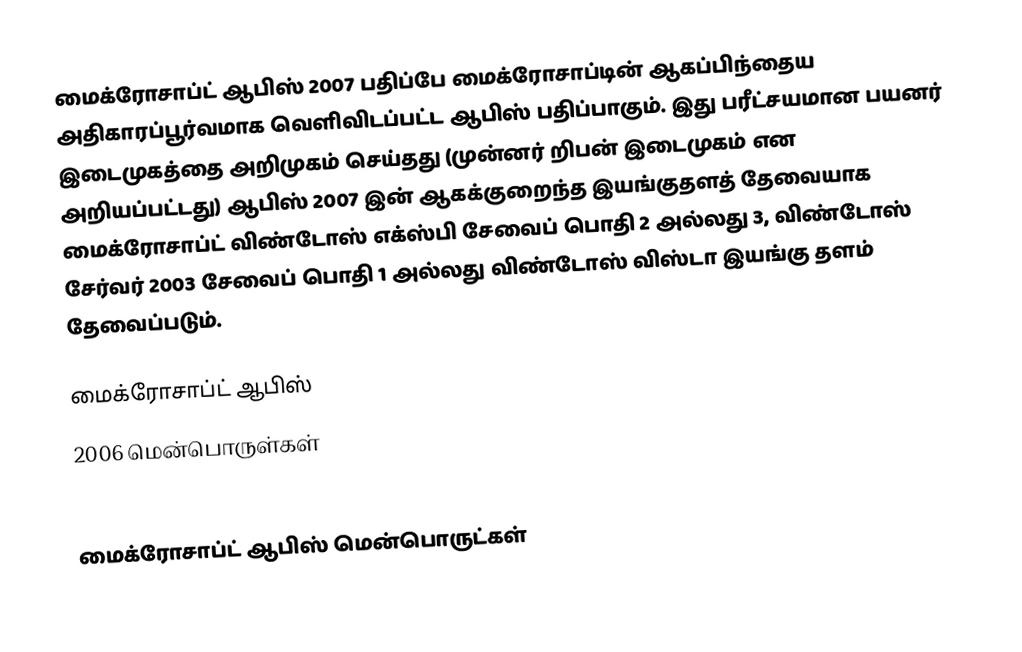
மைக்ரோசாப்ட் ஆபிஸ் 2007 பதிப்பே மைக்ரோசாப்டின் ஆகப்பிந்தைய அதிகாரப்பூர்வமாக வெளிவிடப்பட்ட ஆபிஸ் பதிப்பாகும். இது பரீட்சயமான பயனர் இடைமுகத்தை அறிமுகம் செய்தது (முன்னர் றிபன் இடைமுகம் என அறியப்பட்டது) ஆபிஸ் 2007 இன் ஆகக்குறைந்த இயங்குதளத் தேவையாக மைக்ரோசாப்ட் விண்டோஸ் எக்ஸ்பி சேவைப் பொதி 2 அல்லது 3, விண்டோஸ் சேர்வர் 2003 சேவைப் பொதி 1 அல்லது விண்டோஸ் விஸ்டா இயங்கு தளம் தேவைப்படும்.

மைக்ரோசாப்ட் ஆபிஸ்
2006 மென்பொருள்கள்

ja:Microsoft Office#Office 12
மைக்ரோசாப்ட் ஆபிஸ் மென்பொருட்கள்